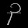
Digit: ၃